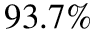
9 3 . 7 \%